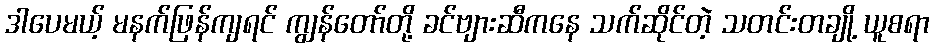
ဒါပေမယ့် မနက်ဖြန်ကျရင် ကျွန်တော်တို့ ခင်ဗျားဆီကနေ သက်ဆိုင်တဲ့ သတင်းတချို့ ယူစရာ